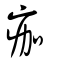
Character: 痂